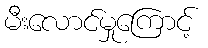
မီးလောင်မှုကြောင့်